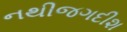
નથીજગદીશ